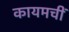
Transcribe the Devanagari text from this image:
कायमचीं